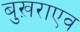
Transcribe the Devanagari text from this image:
बुख़राएव